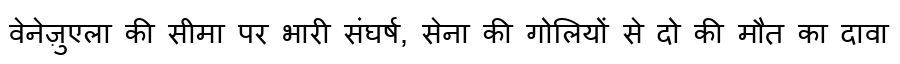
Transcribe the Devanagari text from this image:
वेनेज़ुएला की सीमा पर भारी संघर्ष, सेना की गोलियों से दो की मौत का दावा